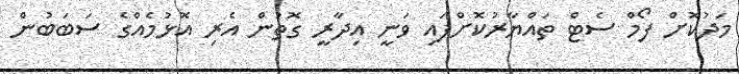
މަދުކޮށް ފޯމް ސެޓް ތައްޔާރުކޮށްފައި ވަނީ އިދާރީ ގޮތުން އެރި އޮޅުމެއްގެ ސަބަބުން